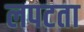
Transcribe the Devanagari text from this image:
लपटता